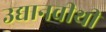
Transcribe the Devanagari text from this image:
उद्यानवीथी